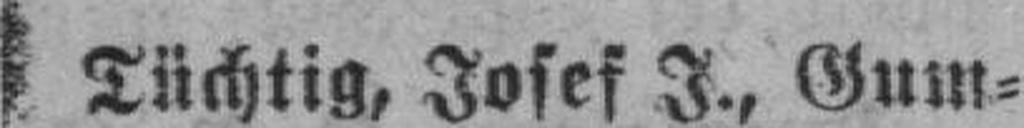
Tüchtig, Josef J., Gum¬